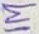
Text: 1M